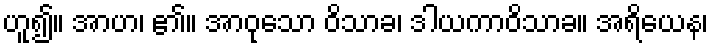
ဟူ၍။ အာဟ၊ ၏။ အာဝုသော ဝိသာခ၊ ဒါယကာဝိသာခ။ အရိယေန၊